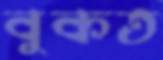
বুকত